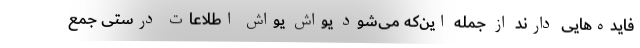
فایده‌هایی دارند از جمله این‌که می‌شود یواش یواش اطلاعات درستی جمع